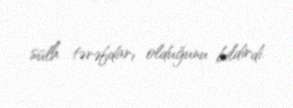
sülh tərəfdarı olduğunu bildirdi.